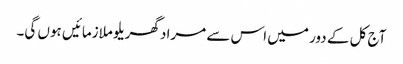
آج کل کے دور میں اس سے مراد گھریلو ملازمائیں ہوں گی۔